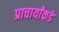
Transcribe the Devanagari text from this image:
प्राचार्यांकडे